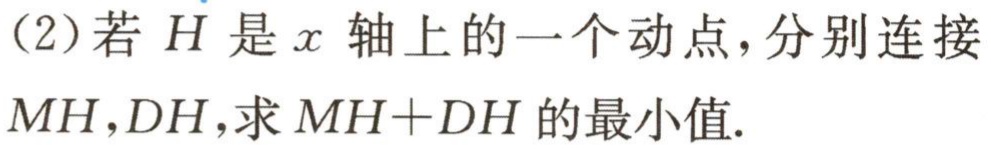
（2）若 \(H\) 是 \(x\) 轴上的一个动点，分别连接 \(MH,DH\)，求 \(MH + DH\) 的最小值.